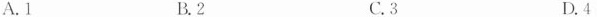
A.1 B.2 C.3 D.4